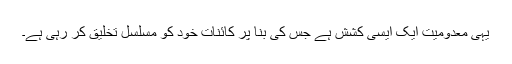
یہی معدومیت ایک ایسی کشش ہے جس کی بنا پر کائنات خود کو مسلسل تخلیق کر رہی ہے۔